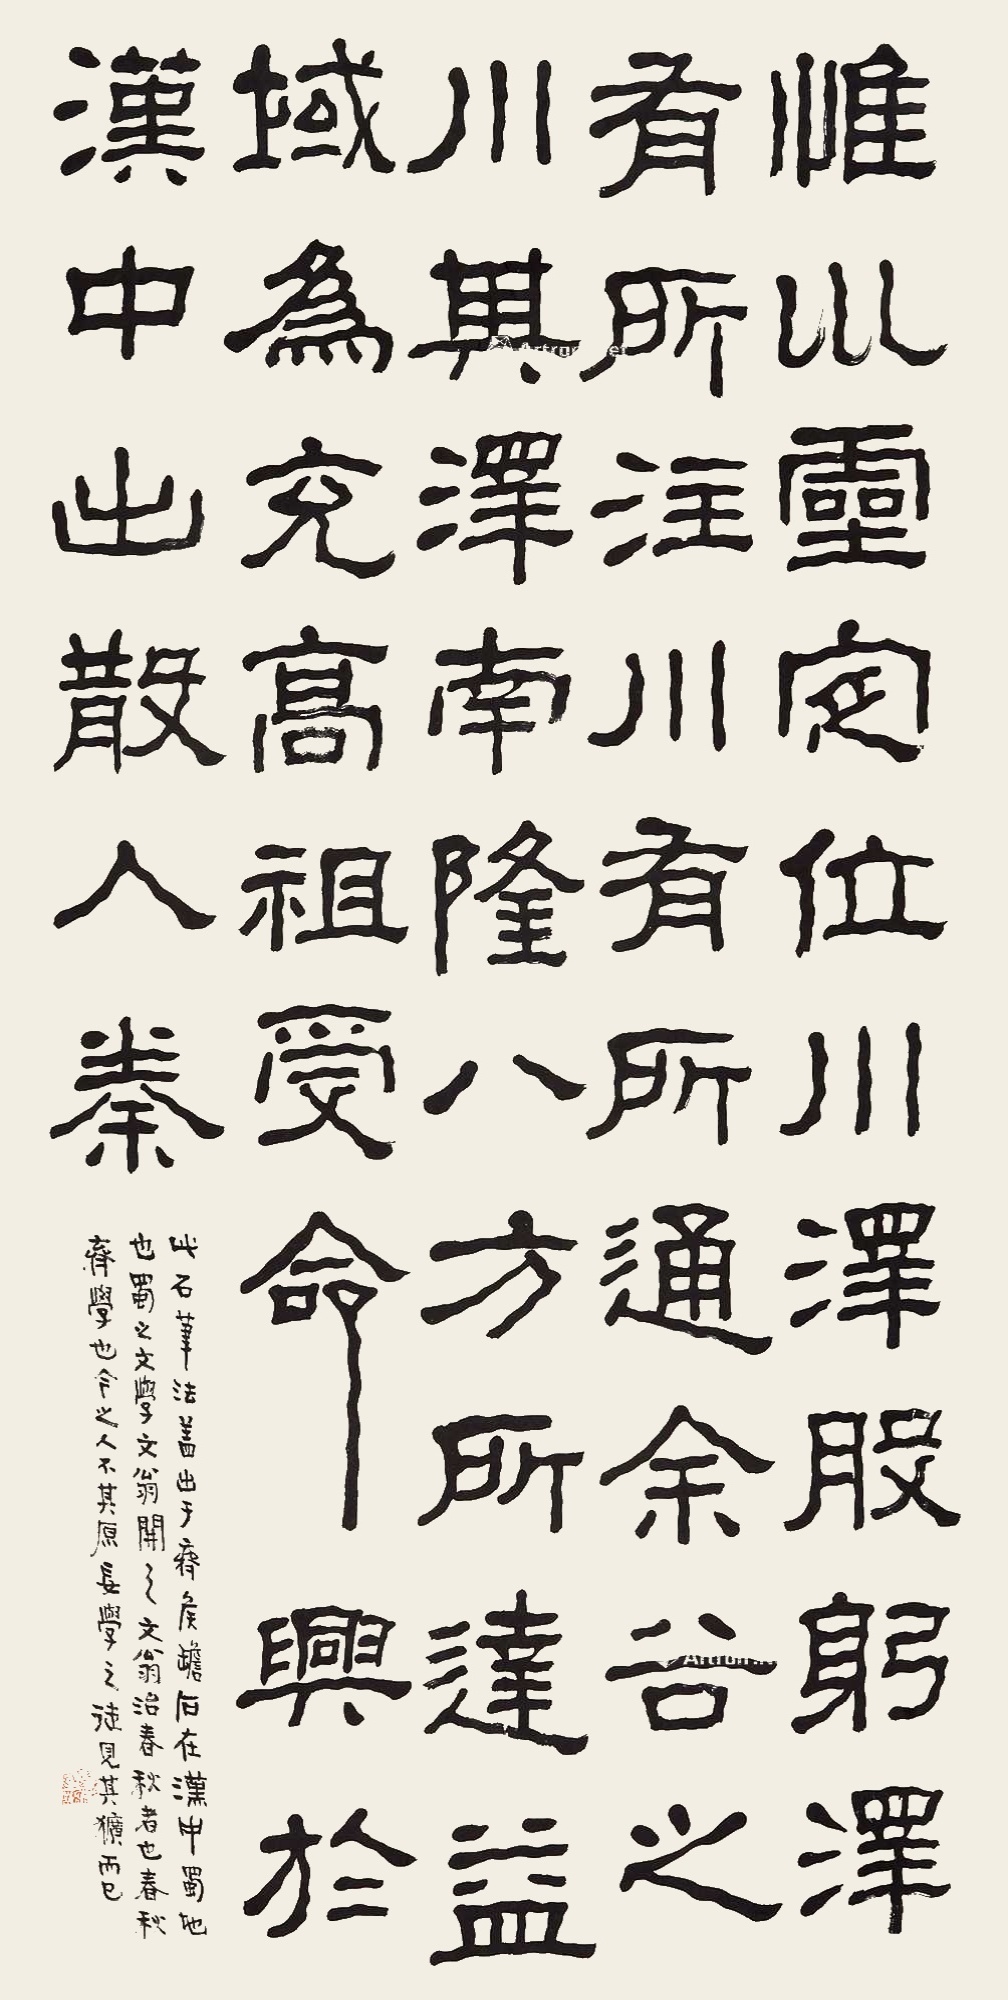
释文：惟川灵定位，川泽股躬。泽有所注，川有所通。余谷之川，其泽南隆。八方所达益域为充。高祖受命，兴于汉中出散入秦。此石笔法盖出于齐詹石在汉中蜀地也。蜀之文学文翁开之，文翁治春秋者也。春秋齐学也，令之人不其原妄学之徒见其犷而已。